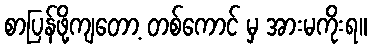
စာပြန်ဖို့ကျတော့ တစ်ကောင် မှ အားမကိုးရ။